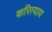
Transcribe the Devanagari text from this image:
करित्याय